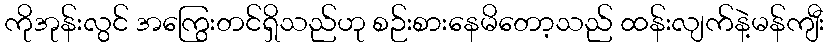
ကိုအုန်းလွင် အကြွေးတင်ရှိသည်ဟု စဉ်းစားနေမိတော့သည် ထန်းလျက်နဲ့မန်ကျီး